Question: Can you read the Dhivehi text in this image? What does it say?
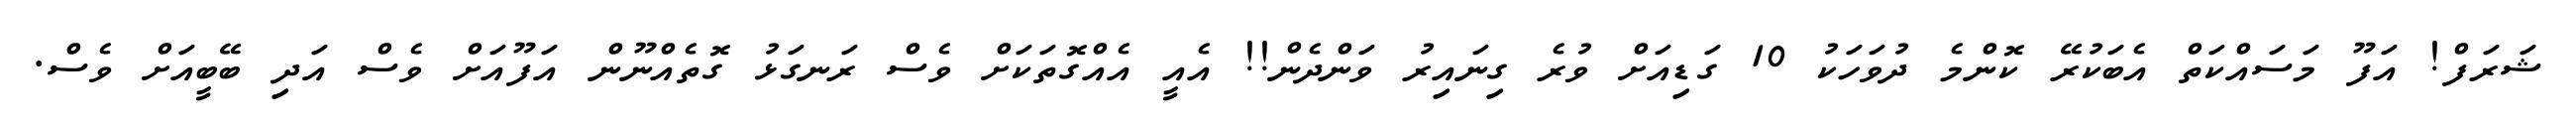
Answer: ޝަރަފް! އަފޫ މަސައްކަތް އެބަކުރޭ ކޮންމެ ދުވަހަކު 10 ގަޑިއަށް ވުރެ ގިނައިރު ވަންދެން!! އެއީ އެއްގޮތަކަށް ވެސް ރަނގަޅު ގޮތެއްނޫން އަފޫއަށް ވެސް އަދި ބޭބީއަށް ވެސް.